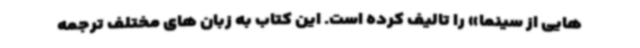
هایی از سینما» را تالیف کرده است. این کتاب به زبان های مختلف ترجمه